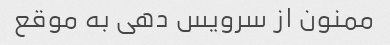
ممنون از سرویس دهی به موقع